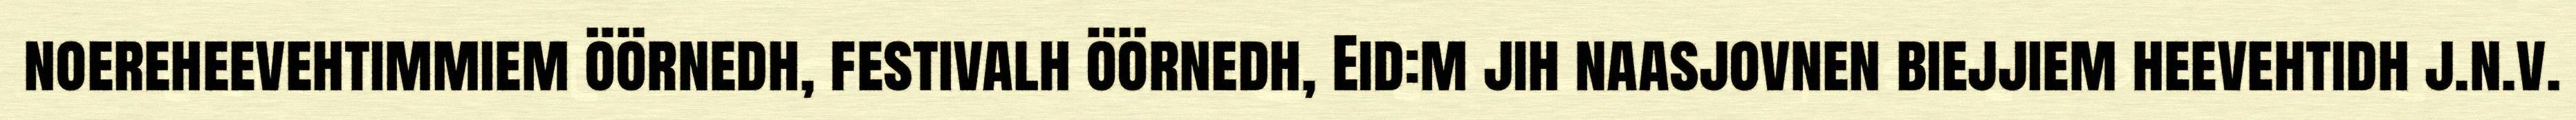
noereheevehtimmiem öörnedh, festivalh öörnedh, Eid:m jih naasjovnen biejjiem heevehtidh j.n.v.